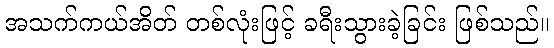
အသက်ကယ်အိတ် တစ်လုံးဖြင့် ခရီးသွားခဲ့ခြင်း ဖြစ်သည်။